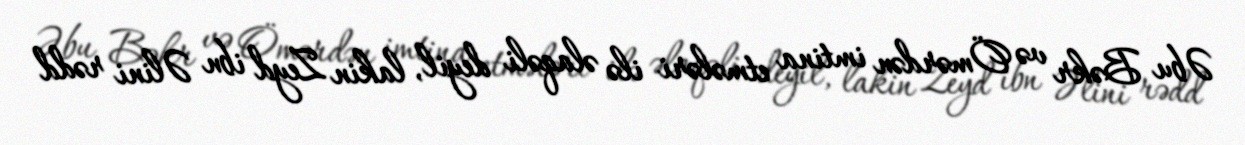
Əbu Bəkr və Ömərdən imtina etmələri ilə əlaqəli deyil, lakin Zeyd ibn Əlini rədd